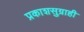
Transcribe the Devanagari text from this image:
प्रकाशसुग्राही